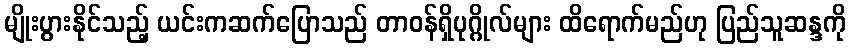
မျိုးပွားနိုင်သည့် ယင်းကဆက်ပြောသည် တာ၀န်ရှိပုဂ္ဂိုလ်များ ထိရောက်မည်ဟု ပြည်သူဆန္ဒကို